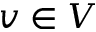
v \in V